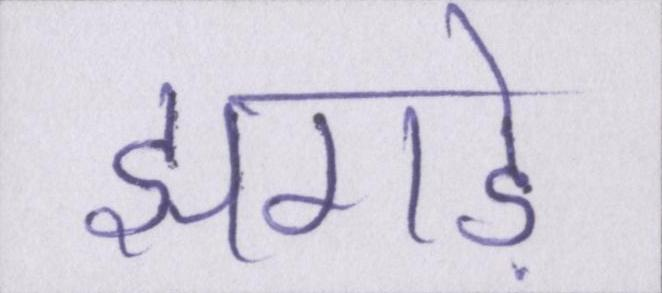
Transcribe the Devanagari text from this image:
झगड़े